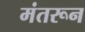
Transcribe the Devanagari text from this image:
मंतरून